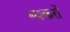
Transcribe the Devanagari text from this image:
लश्करों